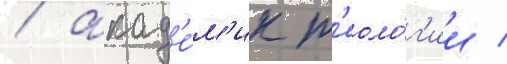
/ акад'е́м'ик т'еоло́г'ии /